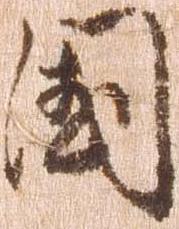
国